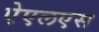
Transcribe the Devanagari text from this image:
ऐएलएस